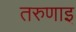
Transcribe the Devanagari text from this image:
तरुणाइ